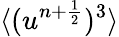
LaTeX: \langle(u^{n+\frac{1}{2}})^{3}\rangle